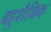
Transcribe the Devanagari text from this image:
बहुशैक्षिक